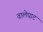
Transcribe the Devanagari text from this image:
वालेघाट